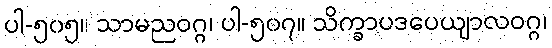
ပါ-၅၀၅။ သာမညဝဂ္ဂ၊ ပါ-၅၀၇။ သိက္ခာပဒပေယျာလဝဂ္ဂ၊